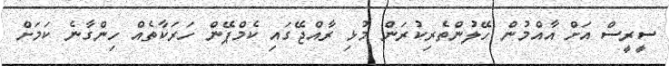
ސީރީސް އަށް އާއްމުން ހޭލުންތެރިކުރަން މުޅި ރާއްޖޭގައި ކެމްޕޭން ހަރަކާތެއް ހިންގާނެ ކަމަށް